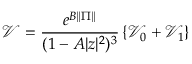
\mathcal { V } = \frac { e ^ { B \| \Pi \| } } { ( 1 - A | z | ^ { 2 } ) ^ { 3 } } \left\{ \mathcal { V } _ { 0 } + \mathcal { V } _ { 1 } \right\}